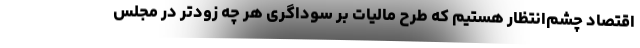
اقتصاد چشم‌انتظار هستیم که طرح مالیات بر سوداگری هر چه زودتر در مجلس